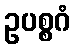
ဥပစ္စဂံ